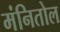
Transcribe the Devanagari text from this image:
मंनितोल